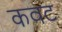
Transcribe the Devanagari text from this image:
कवट